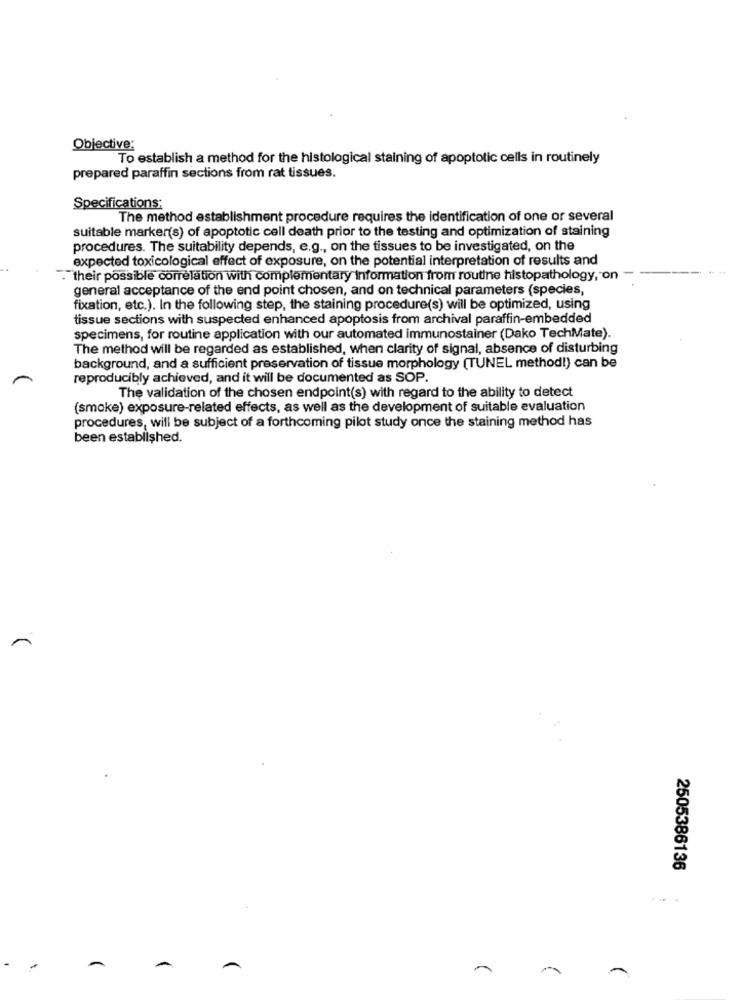
Objective:
To establish a method for the histological staining of apoptotic cells in routinely
prepared paraffin sections from rat tissues.
Specifications:
The method establishment procedure requires the identification of one or several
suitable marker(s) of apoptotic cell death prior to the testing and optimization of staining
procedures. The suitability depends, e.g ., on the tissues to be investigated, on the
expected toxicological effect of exposure, on the potential interpretation of results and
. their possible correlation with complementary Information from routine histopathology, on
general acceptance of the end point chosen, and on technical parameters (species,
fixation, etc.). In the following step, the staining procedure(s) will be optimized, using
tissue sections with suspected enhanced apoptosis from archival paraffin-embedded
specimens, for routine application with our automated immunostainer (Dako TechMate).
The method will be regarded as established, when clarity of signal, absence of disturbing
background, and a sufficient preservation of tissue morphology (TUNEL method!) can be
reproducibly achieved, and it will be documented as SOP.
The validation of the chosen endpoint(s) with regard to the ability to detect
(smoke) exposure-related effects, as well as the development of suitable evaluation
procedures, will be subject of a forthcoming pilot study once the staining method has
been established.
2505386136
-
-